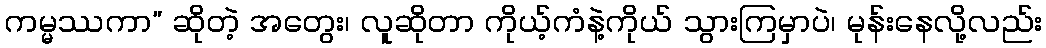
ကမ္မဿကာ” ဆိုတဲ့ အတွေး၊ လူဆိုတာ ကိုယ့်ကံနဲ့ကိုယ် သွားကြမှာပဲ၊ မုန်းနေလို့လည်း